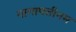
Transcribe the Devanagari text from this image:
नागापत्तीनम